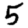
Digit: 5